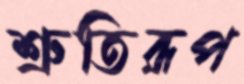
শ্রুতিরূপ